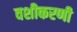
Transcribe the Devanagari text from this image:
वशीकरणी